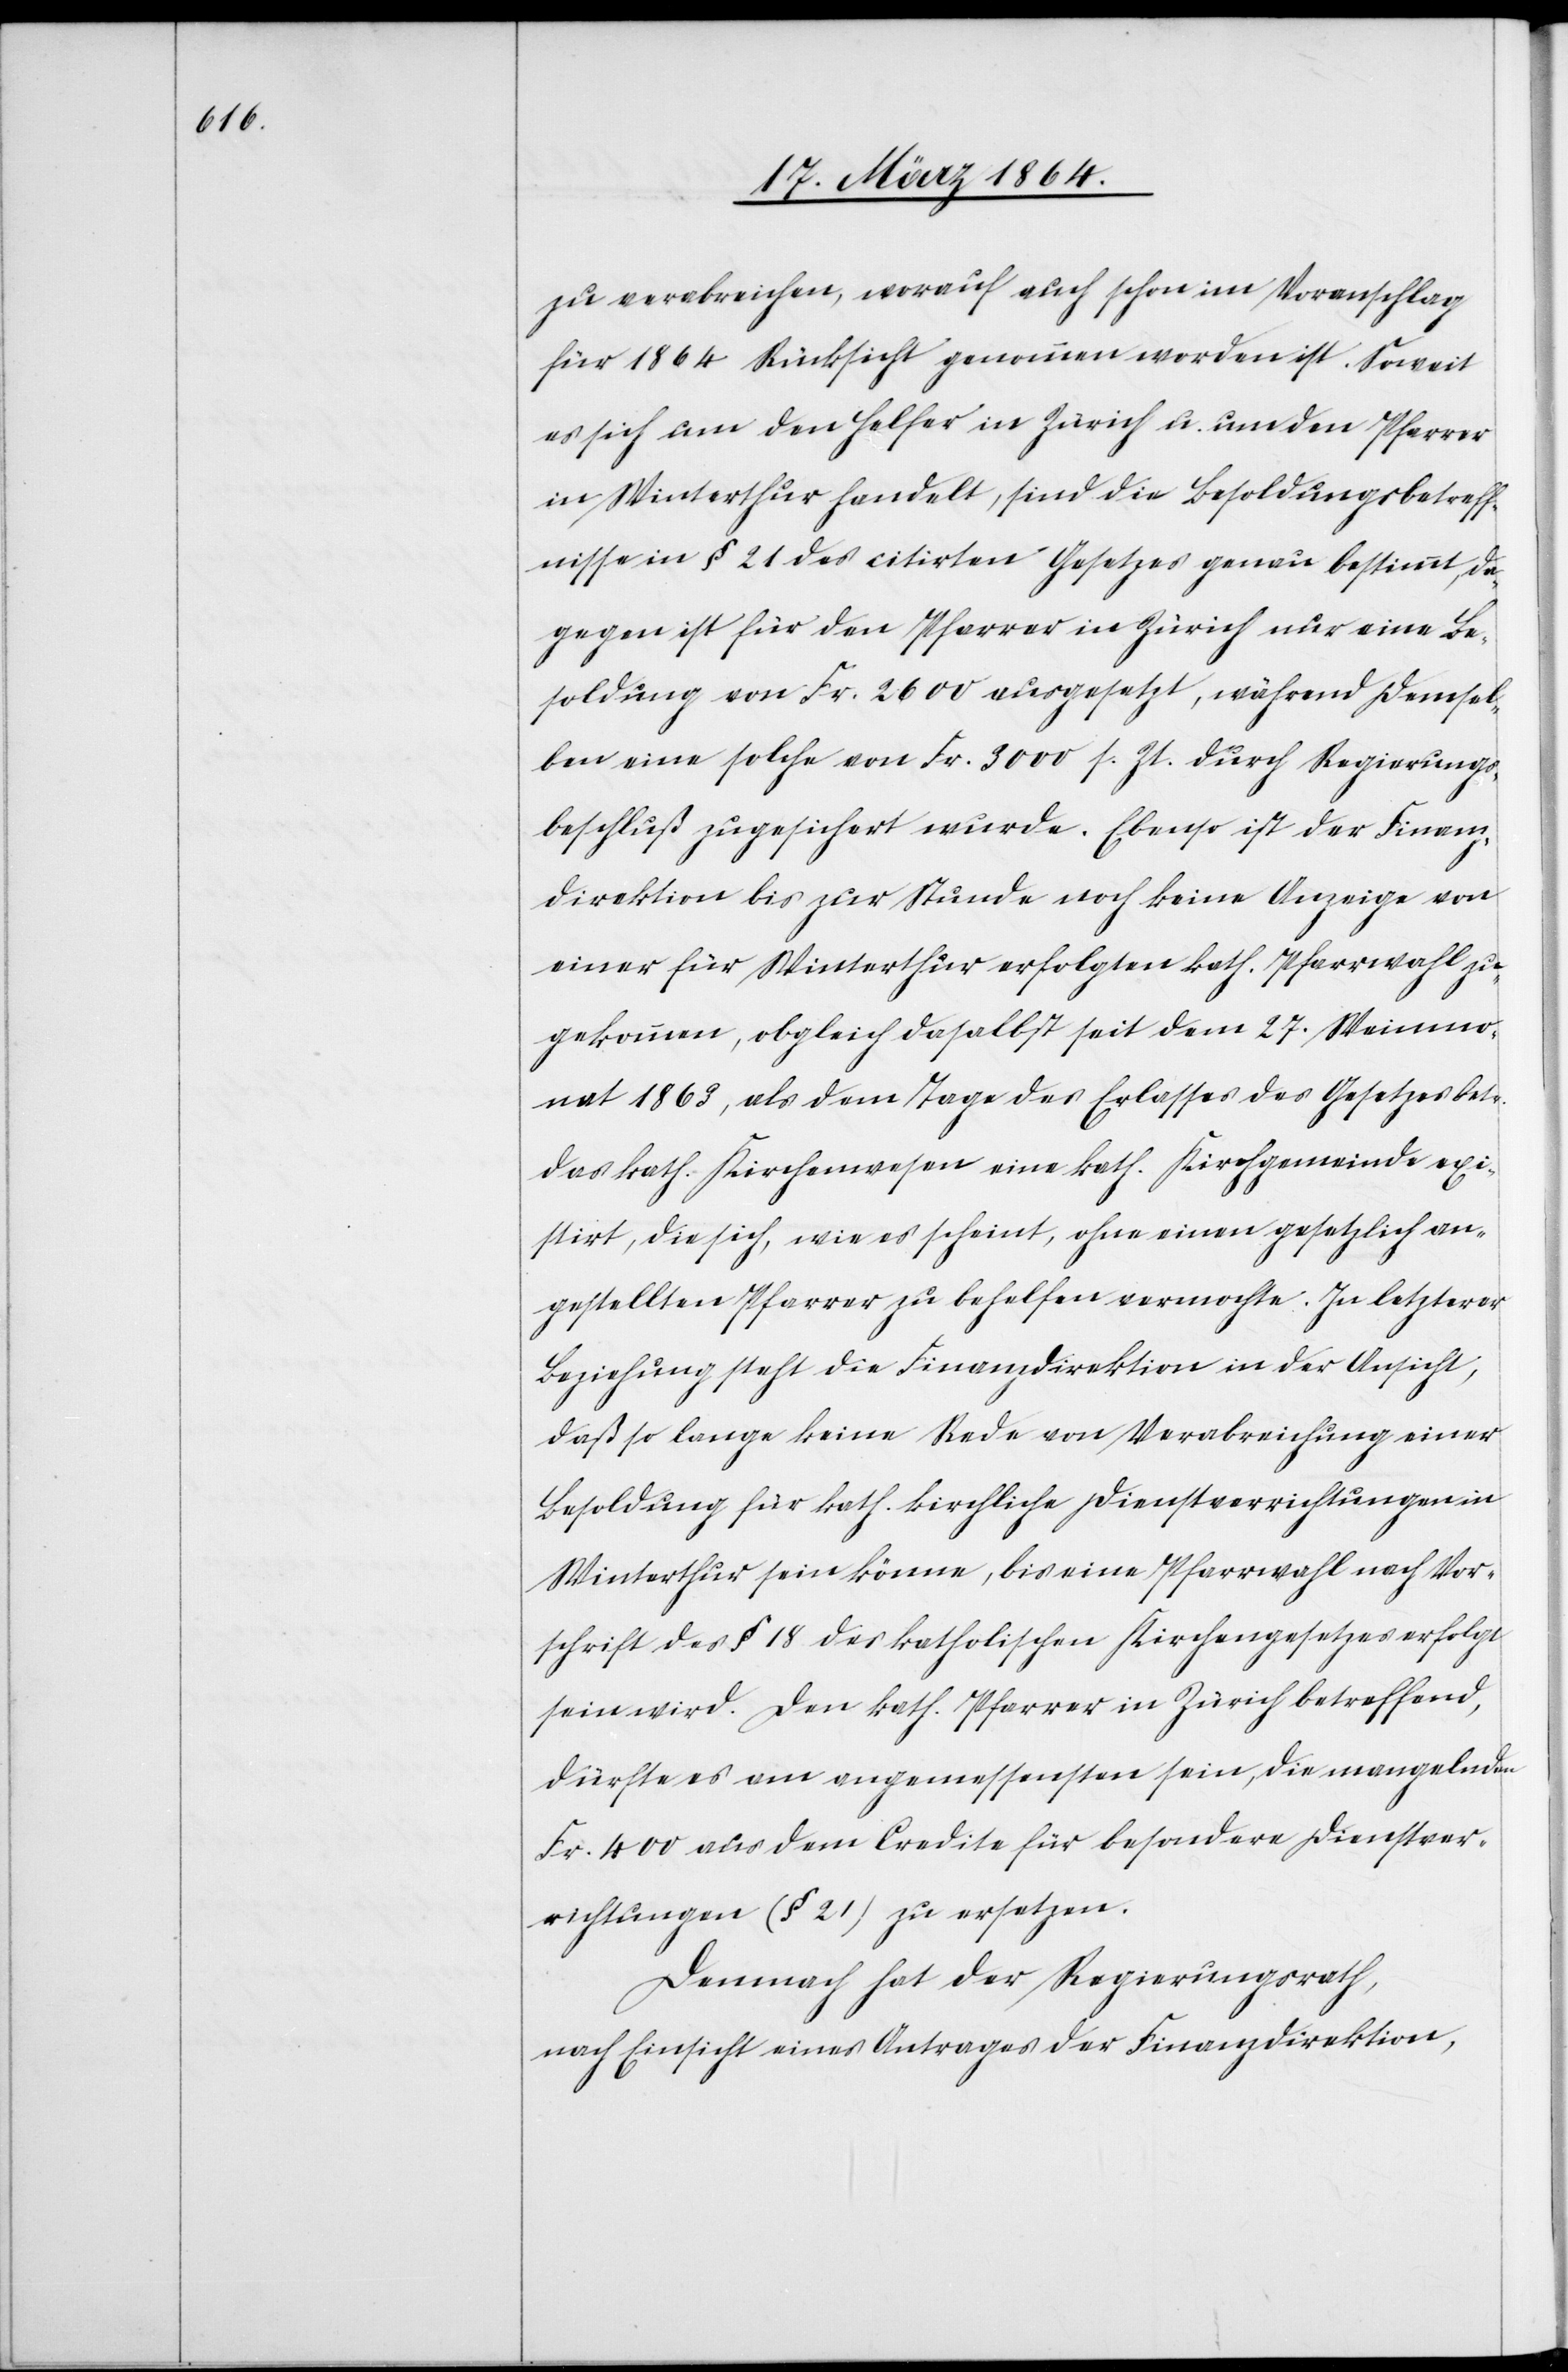
zu verabreichen, worauf auch schon im Voranschlag
für 1863 Rücksicht genommen worden ist. Soweit
es sich um den Helfer in Zürich u. um den Pfarrer
in Winterthur handelt, sind die Besoldungsbetreff¬
nisse in § 21 des citirten Gesetzes genau bestimmt, da¬
gegen ist für den Pfarrer in Zürich nur eine Be¬
soldung von Fr. 2600 ausgesetzt, während demsel¬
ben eine solche von Fr. 3000 s. Zt. durch Regierungs¬
beschluß zugesichert wurde. Ebenso ist der Finanz¬
direktion bis zur Stunde noch keine Anzeige von
einer für Winterthur erfolgten kath. Pfarrwahl zu¬
gekommen, obgleich daselbst seit dem 27. Weinmo¬
nat 1863, als dem Tage des Erlasses des Gesetzes betr.
das kath. Kirchenwesen eine kath. Kirchgemeinde exi¬
stirt, die sich, wie es scheint, ohne einen gesetzlich an¬
gestellten Pfarrer zu behelfen vermochte. In letzterer
Beziehung steht die Finanzdirektion in der Ansicht,
daß so lange keine Rede von Verabreichung einer
Besoldung für kath. kirchliche Dienstverrichtungen in
Winterthur sein könne, bis eine Pfarrwahl nach Vor¬
schrift des § 18 des katholischen Kirchengesetzes erfolgt
sein wird. Den kath. Pfarrer in Zürich betreffend,
dürfte es am angemessensten sein, die mangelnden
Fr. 400 aus dem Credite für besondere Dienstver¬
richtungen (§ 21) zu ersetzen.
Demnach hat der Regierungsrath,
nach Einsicht eines Antrages der Finanzdirektion,